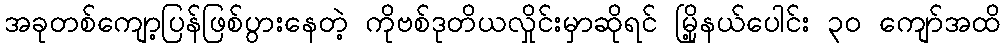
အခုတစ်ကျော့ပြန်ဖြစ်ပွားနေတဲ့ ကိုဗစ်ဒုတိယလှိုင်းမှာဆိုရင် မြို့နယ်ပေါင်း ၃၀ ကျော်အထိ